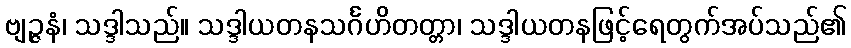
ဗျဉ္ဇနံ၊ သဒ္ဒါသည်။ သဒ္ဒါယတနသင်္ဂဟိတတ္တာ၊ သဒ္ဒါယတနဖြင့်ရေတွက်အပ်သည်၏